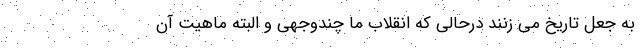
به جعل تاریخ می زنند درحالی که انقلاب ما چندوجهی و البته ماهیت آن